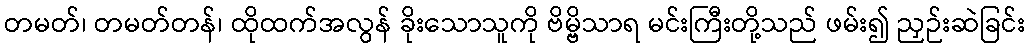
တမတ်၊ တမတ်တန်၊ ထိုထက်အလွန် ခိုးသောသူကို ဗိမ္ဗိသာရ မင်းကြီးတို့သည် ဖမ်း၍ ညှဉ်းဆဲခြင်း